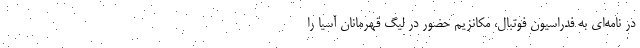
در نامه‌ای به فدراسیون فوتبال، مکانزیم حضور در لیگ قهرمانان آسیا را